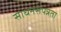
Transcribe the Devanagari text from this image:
साधनसंपन्नता